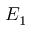
E _ { 1 }